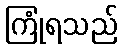
ကြုံရသည်